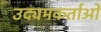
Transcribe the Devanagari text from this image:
उद्यमकर्ताओं